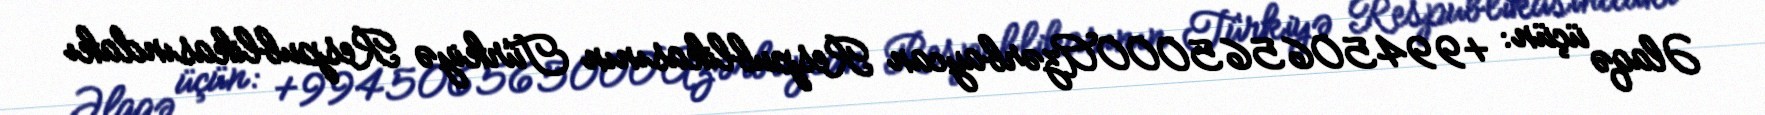
Əlaqə üçün: +994506565000Azərbaycan Respublikasının Türkiyə Respublikasındakı